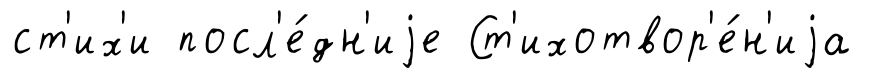
ст'их'и посл'е́дн'иjе Ст'ихотвор'е́н'иjа